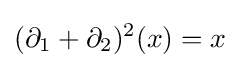
(\partial _{1}+\partial _{2})^{2}(x)=x